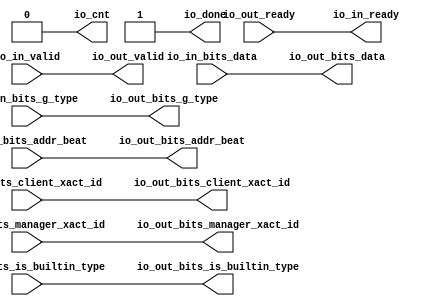
module FlowThroughSerializer
(
  io_in_ready,
  io_in_valid,
  io_in_bits_addr_beat,
  io_in_bits_client_xact_id,
  io_in_bits_manager_xact_id,
  io_in_bits_is_builtin_type,
  io_in_bits_g_type,
  io_in_bits_data,
  io_out_ready,
  io_out_valid,
  io_out_bits_addr_beat,
  io_out_bits_client_xact_id,
  io_out_bits_manager_xact_id,
  io_out_bits_is_builtin_type,
  io_out_bits_g_type,
  io_out_bits_data,
  io_cnt,
  io_done
);

  input [1:0] io_in_bits_addr_beat;
  input [5:0] io_in_bits_client_xact_id;
  input [3:0] io_in_bits_manager_xact_id;
  input [3:0] io_in_bits_g_type;
  input [127:0] io_in_bits_data;
  output [1:0] io_out_bits_addr_beat;
  output [5:0] io_out_bits_client_xact_id;
  output [3:0] io_out_bits_manager_xact_id;
  output [3:0] io_out_bits_g_type;
  output [127:0] io_out_bits_data;
  input io_in_valid;
  input io_in_bits_is_builtin_type;
  input io_out_ready;
  output io_in_ready;
  output io_out_valid;
  output io_out_bits_is_builtin_type;
  output io_cnt;
  output io_done;
  wire [1:0] io_out_bits_addr_beat;
  wire [5:0] io_out_bits_client_xact_id;
  wire [3:0] io_out_bits_manager_xact_id,io_out_bits_g_type;
  wire [127:0] io_out_bits_data;
  wire io_in_ready,io_out_valid,io_out_bits_is_builtin_type,io_cnt,io_done,
  io_out_ready,io_in_valid,io_in_bits_is_builtin_type;
  assign io_done = 1'b1;
  assign io_cnt = 1'b0;
  assign io_in_ready = io_out_ready;
  assign io_out_valid = io_in_valid;
  assign io_out_bits_addr_beat[1] = io_in_bits_addr_beat[1];
  assign io_out_bits_addr_beat[0] = io_in_bits_addr_beat[0];
  assign io_out_bits_client_xact_id[5] = io_in_bits_client_xact_id[5];
  assign io_out_bits_client_xact_id[4] = io_in_bits_client_xact_id[4];
  assign io_out_bits_client_xact_id[3] = io_in_bits_client_xact_id[3];
  assign io_out_bits_client_xact_id[2] = io_in_bits_client_xact_id[2];
  assign io_out_bits_client_xact_id[1] = io_in_bits_client_xact_id[1];
  assign io_out_bits_client_xact_id[0] = io_in_bits_client_xact_id[0];
  assign io_out_bits_manager_xact_id[3] = io_in_bits_manager_xact_id[3];
  assign io_out_bits_manager_xact_id[2] = io_in_bits_manager_xact_id[2];
  assign io_out_bits_manager_xact_id[1] = io_in_bits_manager_xact_id[1];
  assign io_out_bits_manager_xact_id[0] = io_in_bits_manager_xact_id[0];
  assign io_out_bits_is_builtin_type = io_in_bits_is_builtin_type;
  assign io_out_bits_g_type[3] = io_in_bits_g_type[3];
  assign io_out_bits_g_type[2] = io_in_bits_g_type[2];
  assign io_out_bits_g_type[1] = io_in_bits_g_type[1];
  assign io_out_bits_g_type[0] = io_in_bits_g_type[0];
  assign io_out_bits_data[127] = io_in_bits_data[127];
  assign io_out_bits_data[126] = io_in_bits_data[126];
  assign io_out_bits_data[125] = io_in_bits_data[125];
  assign io_out_bits_data[124] = io_in_bits_data[124];
  assign io_out_bits_data[123] = io_in_bits_data[123];
  assign io_out_bits_data[122] = io_in_bits_data[122];
  assign io_out_bits_data[121] = io_in_bits_data[121];
  assign io_out_bits_data[120] = io_in_bits_data[120];
  assign io_out_bits_data[119] = io_in_bits_data[119];
  assign io_out_bits_data[118] = io_in_bits_data[118];
  assign io_out_bits_data[117] = io_in_bits_data[117];
  assign io_out_bits_data[116] = io_in_bits_data[116];
  assign io_out_bits_data[115] = io_in_bits_data[115];
  assign io_out_bits_data[114] = io_in_bits_data[114];
  assign io_out_bits_data[113] = io_in_bits_data[113];
  assign io_out_bits_data[112] = io_in_bits_data[112];
  assign io_out_bits_data[111] = io_in_bits_data[111];
  assign io_out_bits_data[110] = io_in_bits_data[110];
  assign io_out_bits_data[109] = io_in_bits_data[109];
  assign io_out_bits_data[108] = io_in_bits_data[108];
  assign io_out_bits_data[107] = io_in_bits_data[107];
  assign io_out_bits_data[106] = io_in_bits_data[106];
  assign io_out_bits_data[105] = io_in_bits_data[105];
  assign io_out_bits_data[104] = io_in_bits_data[104];
  assign io_out_bits_data[103] = io_in_bits_data[103];
  assign io_out_bits_data[102] = io_in_bits_data[102];
  assign io_out_bits_data[101] = io_in_bits_data[101];
  assign io_out_bits_data[100] = io_in_bits_data[100];
  assign io_out_bits_data[99] = io_in_bits_data[99];
  assign io_out_bits_data[98] = io_in_bits_data[98];
  assign io_out_bits_data[97] = io_in_bits_data[97];
  assign io_out_bits_data[96] = io_in_bits_data[96];
  assign io_out_bits_data[95] = io_in_bits_data[95];
  assign io_out_bits_data[94] = io_in_bits_data[94];
  assign io_out_bits_data[93] = io_in_bits_data[93];
  assign io_out_bits_data[92] = io_in_bits_data[92];
  assign io_out_bits_data[91] = io_in_bits_data[91];
  assign io_out_bits_data[90] = io_in_bits_data[90];
  assign io_out_bits_data[89] = io_in_bits_data[89];
  assign io_out_bits_data[88] = io_in_bits_data[88];
  assign io_out_bits_data[87] = io_in_bits_data[87];
  assign io_out_bits_data[86] = io_in_bits_data[86];
  assign io_out_bits_data[85] = io_in_bits_data[85];
  assign io_out_bits_data[84] = io_in_bits_data[84];
  assign io_out_bits_data[83] = io_in_bits_data[83];
  assign io_out_bits_data[82] = io_in_bits_data[82];
  assign io_out_bits_data[81] = io_in_bits_data[81];
  assign io_out_bits_data[80] = io_in_bits_data[80];
  assign io_out_bits_data[79] = io_in_bits_data[79];
  assign io_out_bits_data[78] = io_in_bits_data[78];
  assign io_out_bits_data[77] = io_in_bits_data[77];
  assign io_out_bits_data[76] = io_in_bits_data[76];
  assign io_out_bits_data[75] = io_in_bits_data[75];
  assign io_out_bits_data[74] = io_in_bits_data[74];
  assign io_out_bits_data[73] = io_in_bits_data[73];
  assign io_out_bits_data[72] = io_in_bits_data[72];
  assign io_out_bits_data[71] = io_in_bits_data[71];
  assign io_out_bits_data[70] = io_in_bits_data[70];
  assign io_out_bits_data[69] = io_in_bits_data[69];
  assign io_out_bits_data[68] = io_in_bits_data[68];
  assign io_out_bits_data[67] = io_in_bits_data[67];
  assign io_out_bits_data[66] = io_in_bits_data[66];
  assign io_out_bits_data[65] = io_in_bits_data[65];
  assign io_out_bits_data[64] = io_in_bits_data[64];
  assign io_out_bits_data[63] = io_in_bits_data[63];
  assign io_out_bits_data[62] = io_in_bits_data[62];
  assign io_out_bits_data[61] = io_in_bits_data[61];
  assign io_out_bits_data[60] = io_in_bits_data[60];
  assign io_out_bits_data[59] = io_in_bits_data[59];
  assign io_out_bits_data[58] = io_in_bits_data[58];
  assign io_out_bits_data[57] = io_in_bits_data[57];
  assign io_out_bits_data[56] = io_in_bits_data[56];
  assign io_out_bits_data[55] = io_in_bits_data[55];
  assign io_out_bits_data[54] = io_in_bits_data[54];
  assign io_out_bits_data[53] = io_in_bits_data[53];
  assign io_out_bits_data[52] = io_in_bits_data[52];
  assign io_out_bits_data[51] = io_in_bits_data[51];
  assign io_out_bits_data[50] = io_in_bits_data[50];
  assign io_out_bits_data[49] = io_in_bits_data[49];
  assign io_out_bits_data[48] = io_in_bits_data[48];
  assign io_out_bits_data[47] = io_in_bits_data[47];
  assign io_out_bits_data[46] = io_in_bits_data[46];
  assign io_out_bits_data[45] = io_in_bits_data[45];
  assign io_out_bits_data[44] = io_in_bits_data[44];
  assign io_out_bits_data[43] = io_in_bits_data[43];
  assign io_out_bits_data[42] = io_in_bits_data[42];
  assign io_out_bits_data[41] = io_in_bits_data[41];
  assign io_out_bits_data[40] = io_in_bits_data[40];
  assign io_out_bits_data[39] = io_in_bits_data[39];
  assign io_out_bits_data[38] = io_in_bits_data[38];
  assign io_out_bits_data[37] = io_in_bits_data[37];
  assign io_out_bits_data[36] = io_in_bits_data[36];
  assign io_out_bits_data[35] = io_in_bits_data[35];
  assign io_out_bits_data[34] = io_in_bits_data[34];
  assign io_out_bits_data[33] = io_in_bits_data[33];
  assign io_out_bits_data[32] = io_in_bits_data[32];
  assign io_out_bits_data[31] = io_in_bits_data[31];
  assign io_out_bits_data[30] = io_in_bits_data[30];
  assign io_out_bits_data[29] = io_in_bits_data[29];
  assign io_out_bits_data[28] = io_in_bits_data[28];
  assign io_out_bits_data[27] = io_in_bits_data[27];
  assign io_out_bits_data[26] = io_in_bits_data[26];
  assign io_out_bits_data[25] = io_in_bits_data[25];
  assign io_out_bits_data[24] = io_in_bits_data[24];
  assign io_out_bits_data[23] = io_in_bits_data[23];
  assign io_out_bits_data[22] = io_in_bits_data[22];
  assign io_out_bits_data[21] = io_in_bits_data[21];
  assign io_out_bits_data[20] = io_in_bits_data[20];
  assign io_out_bits_data[19] = io_in_bits_data[19];
  assign io_out_bits_data[18] = io_in_bits_data[18];
  assign io_out_bits_data[17] = io_in_bits_data[17];
  assign io_out_bits_data[16] = io_in_bits_data[16];
  assign io_out_bits_data[15] = io_in_bits_data[15];
  assign io_out_bits_data[14] = io_in_bits_data[14];
  assign io_out_bits_data[13] = io_in_bits_data[13];
  assign io_out_bits_data[12] = io_in_bits_data[12];
  assign io_out_bits_data[11] = io_in_bits_data[11];
  assign io_out_bits_data[10] = io_in_bits_data[10];
  assign io_out_bits_data[9] = io_in_bits_data[9];
  assign io_out_bits_data[8] = io_in_bits_data[8];
  assign io_out_bits_data[7] = io_in_bits_data[7];
  assign io_out_bits_data[6] = io_in_bits_data[6];
  assign io_out_bits_data[5] = io_in_bits_data[5];
  assign io_out_bits_data[4] = io_in_bits_data[4];
  assign io_out_bits_data[3] = io_in_bits_data[3];
  assign io_out_bits_data[2] = io_in_bits_data[2];
  assign io_out_bits_data[1] = io_in_bits_data[1];
  assign io_out_bits_data[0] = io_in_bits_data[0];

endmodule